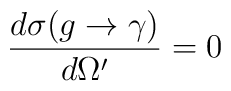
\frac{d\sigma ( g \rightarrow  \gamma)}{d\Omega'} =  0